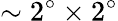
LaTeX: \sim 2^{\circ}\times 2^{\circ}